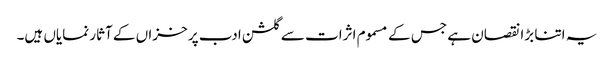
یہ اتنا بڑا نقصان ہے جس کے مسموم اثرات سے گلشن ادب پر خزاں کے آثار نمایاں ہیں۔